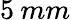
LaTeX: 5\: mm